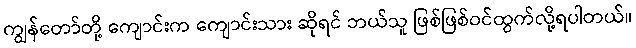
ကျွန်တော်တို့ ကျောင်းက ကျောင်းသား ဆိုရင် ဘယ်သူ ဖြစ်ဖြစ်ဝင်ထွက်လို့ရပါတယ်။